Punjab Mental Hospital Lahore 1932-46 - 1932-1946
Year: 1932
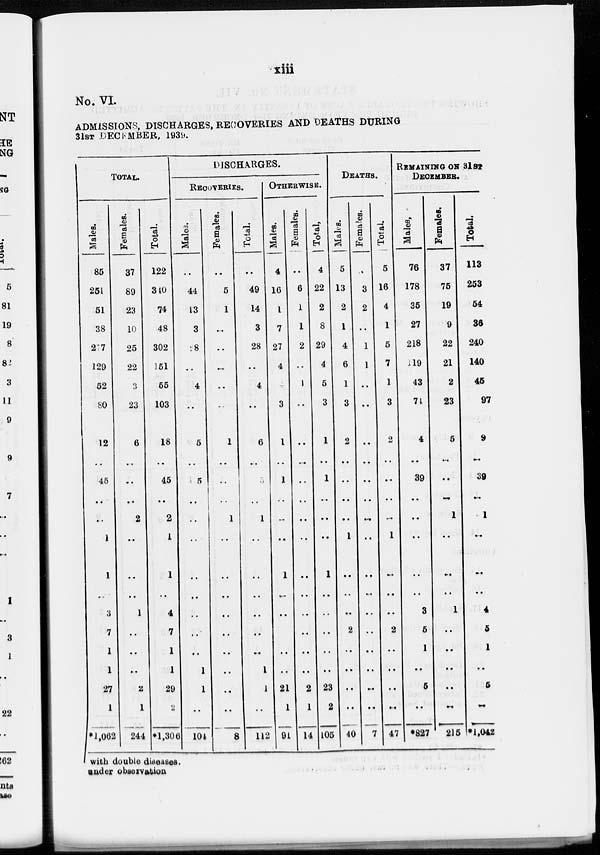
xiii
No. VI.
ADMISSIONS, DISCHARGES, RECOVERIES AND DEATHS DURING
31ST DECEMBER, 1939.
TOTAL.
Males.
85
251
51
38
277
129
52
80
12
..
45
..
..
1
1
..
3
7
1
1
27
1
*1,062
Females.
37
89
23
10
25
22
3
23
6
..
..
..
2
..
..
..
1
..
..
..
2
1
244
Total.
122
340
74
48
302
151
55
103
18
..
45
..
2
1
1
..
4
7
1
1
29
2
*1,306
DISCHARGES.
RECOVERIES.
Males.
..
44
13
3
28
..
4
..
5
..
5
..
..
..
..
..
..
..
. .
1
1
..
104
Females.
..
5
1
..
..
..
..
..
1
..
..
..
1
..
..
..
..
..
..
..
..
..
8
Total.
..
49
14
3
28
..
4
..
6
..
3
..
1
..
..
..
..
..
..
1
1
..
112
OTHERWISE.
Males.
4
16
1
7
27
4
4
3
1
..
1
..
..
..
1
..
..
..
..
..
21
1
91
Females.
..
6
1
1
2
..
1
..
..
..
..
..
..
..
..
..
..
..
..
..
2
1
14
Total.
4
22
2
8
29
4
5
3
1
..
1
..
..
..
1
..
..
..
..
..
23
2
105
DEATHS.
Males.
5
13
2
1
4
6
1
3
2
..
..
..
..
1
..
..
..
2
..
..
..
..
40
Females.
..
3
2
..
1
1
..
..
..
..
..
..
..
..
..
..
..
..
..
..
..
..
7
Total.
5
16
4
1
5
7
1
3
2
..
..
..
..
1
..
..
..
2
..
..
..
..
47
REMAINING ON 31ST
DECEMBER.
Males.
76
178
35
27
218
119
43
74
4
..
39
..
..
..
..
..
3
5
1
..
5
..
*827
Females.
37
75
19
9
22
21
2
23
5
..
..
..
1
..
..
..
1
..
..
..
..
..
215
Total.
113
253
54
36
240
140
45
97
9
..
39
..
1
..
..
..
4
5
1
..
5
..
*1,042
with double diseases.
under observation